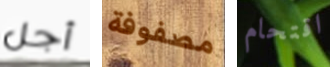
أجل مصفوفة اقتحام